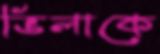
ভিলাকে